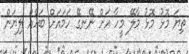
ތިޔަ މޮޅު މޮޅު މާލޭ މީހާ އަށް ނޭނގޭ ހަމައަށް ބަހެއް ލިޔަން